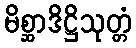
မိစ္ဆာဒိဋ္ဌိသုတ္တံ